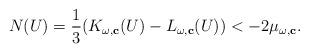
LaTeX: \begin{align*}N(U)=\frac{1}{3}(K_{\omega,\mathbf{c}}(U)-L_{\omega,\mathbf{c}}(U))<-2\mu_{\omega,\mathbf{c}}.\end{align*}